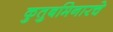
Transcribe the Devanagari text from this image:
कुतुबमिनारचे